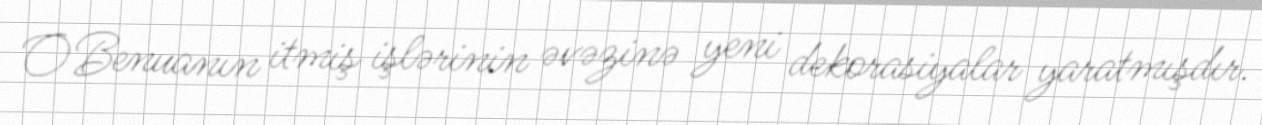
O Benuanın itmiş işlərinin əvəzinə yeni dekorasiyalar yaratmışdır.